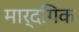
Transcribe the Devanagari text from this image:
मार्दगिक